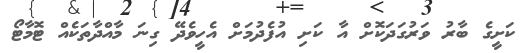
ކަށީގެ ބާރު ވަރުގަދަކޮށް އާ ކަށި އުފެދުމަށް އެހީވެދޭ ގިނަ މާއްދާތަކެއް ޓޮމާޓޯ